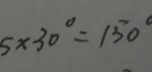
5 \times 3 0 ^ { \circ } = 1 5 0 ^ { \circ }